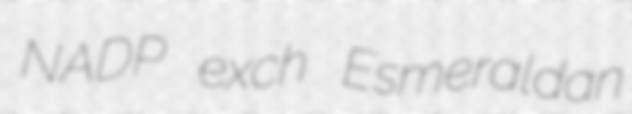
NADP exch Esmeraldan